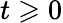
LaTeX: t\geqslant 0